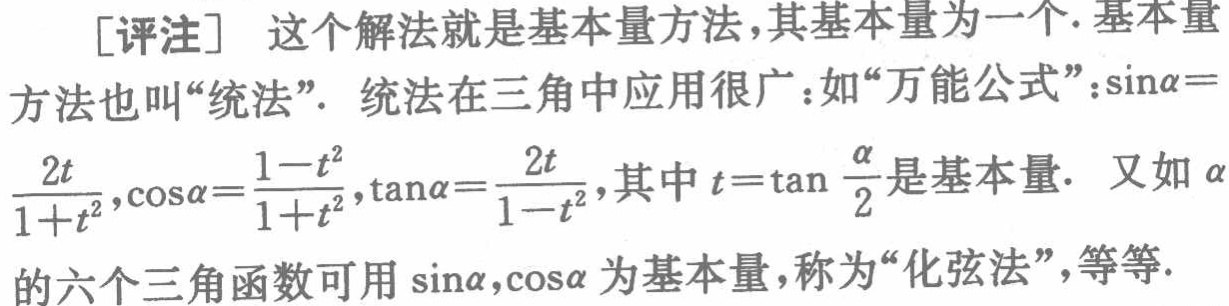
[评注] 这个解法就是基本量方法,其基本量为一个. 基本量方法也叫“统法”. 统法在三角中应用很广：如“万能公式”：\(\sin\alpha = \frac{2t}{1 + t^{2}},\cos\alpha = \frac{1 - t^{2}}{1 + t^{2}},\tan\alpha = \frac{2t}{1 - t^{2}}\),其中\(t = \tan\frac{\alpha}{2}\)是基本量. 又如\(\alpha\)的六个三角函数可用\(\sin\alpha,\cos\alpha\)为基本量,称为“化弦法”,等等.